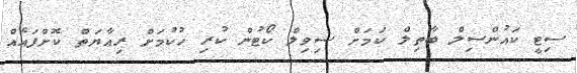
ސިޓީ ކައުންސިލް ބާތިލް ކަމަށް ސިވިލް ކޯޓުން ކުރި ހުކުމަށް ރިއާޔަތް ކޮށްފައެއް